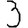
Digit: 3